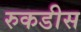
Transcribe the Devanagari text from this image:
रुकडीस